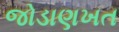
જોડાણખત